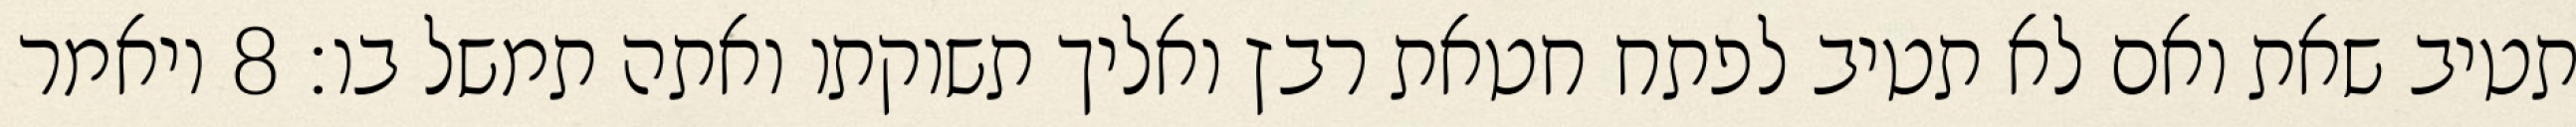
תטיב שאת ואם לא תטיב לפתח חטאת רבץ ואליך תשוקתו ואתה תמשל בו׃ ‎8‏ ויאמר